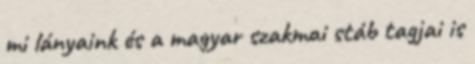
mi lányaink és a magyar szakmai stáb tagjai is